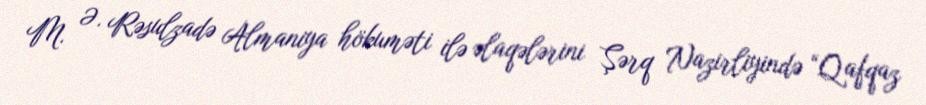
M. Ə. Rəsulzadə Almaniya hökuməti ilə əlaqələrini Şərq Nazirliyində “Qafqaz